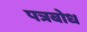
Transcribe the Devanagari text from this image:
पत्रबोध